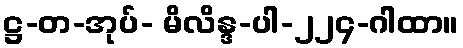
ဋ္ဌ-တ-အုပ်- မိလိန္ဒ-ပါ-၂၂၄-ဂါထာ။